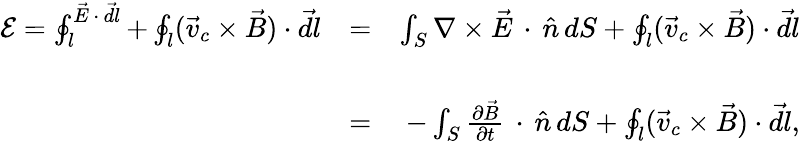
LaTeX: \begin{array}{rlr}{\mathcal E=\oint_{l}^{\vec{E}\, \cdot\, \vec{dl}}+\oint_{l}(\vec{v}_{c}\times\vec{B})\cdot\vec{dl}}&{=}&{\int_{S}\nabla\times\vec{E}\, \cdot\, \hat{n}\, dS+\oint_{l}(\vec{v}_{c}\times\vec{B})\cdot\vec{dl}}\\ &{}&\\ &{=}&{-\int_{S}\frac{\partial\vec{B}}{\partial t}\, \cdot\, \hat{n}\, dS+\oint_{l}(\vec{v}_{c}\times\vec{B})\cdot\vec{dl},}\end{array}